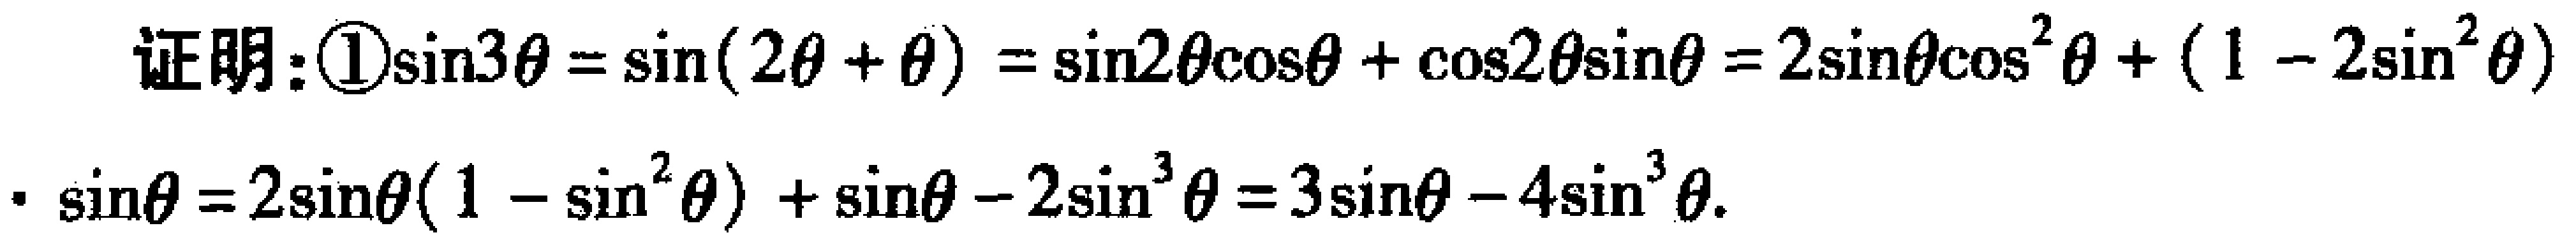
证明：\(\textcircled{1}\sin3\theta=\sin(2\theta + \theta)=\sin2\theta\cos\theta+\cos2\theta\sin\theta = 2\sin\theta\cos^{2}\theta+(1 - 2\sin^{2}\theta)\cdot\sin\theta=2\sin\theta(1 - \sin^{2}\theta)+\sin\theta - 2\sin^{3}\theta=3\sin\theta - 4\sin^{3}\theta\)。